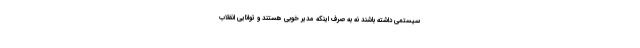
سیستمی داشته باشند نه به صرف اینکه مدیر خوبی هستند و توانایی انقلاب